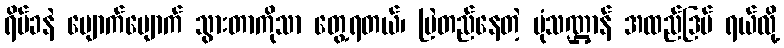
ရိပ်ခနဲ ပျောက်ပျောက် သွားတာကိုသာ တွေ့ရတယ်၊ မြဲတည်နေတဲ့ ပုံသဏ္ဌာန် အထည်ဒြပ် ရယ်လို့